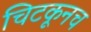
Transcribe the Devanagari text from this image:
चिटकूनच